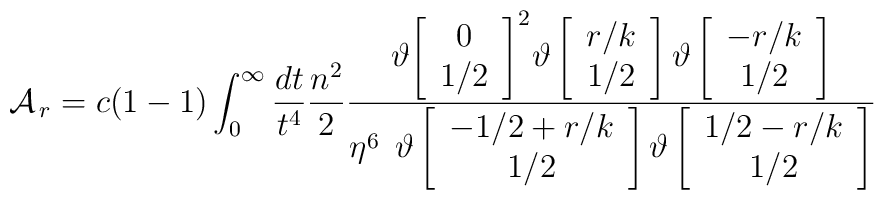
{\cal A}_{\,r} = c(1-1) \int_{0}^{\infty} \frac{dt}{t^4} \frac{n^2}{2}{{\vartheta{\left[\begin{array}{c} 0 \\ 1/2\end{array}\right]}^2 \vartheta\left[\begin{array}{c} r/k \\ 1/2 \end{array}\right]\vartheta\left[\begin{array}{c} -r/k \\ 1/2 \end{array}\right] }\over{\eta^6 \;\,\vartheta\left[\begin{array}{c} -1/2+r/k \\ 1/2 \end{array}\right]\vartheta\left[\begin{array}{c} 1/2-r/k \\ 1/2 \end{array}\right] }}